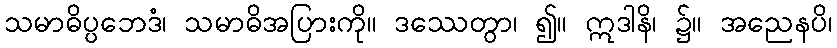
သမာဓိပ္ပဘေဒံ၊ သမာဓိအပြားကို။ ဒဿေတွာ၊ ၍။ ဣဒါနိ၊ ၌။ အညေနပိ၊